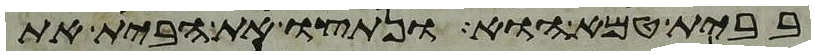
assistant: בבית טמא הוא ונתצו את הבית את